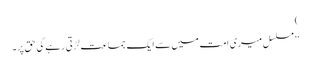
)
’’ مسلسل میری امت میں سے ایک جماعت لڑتی رہے گی حق پر۔